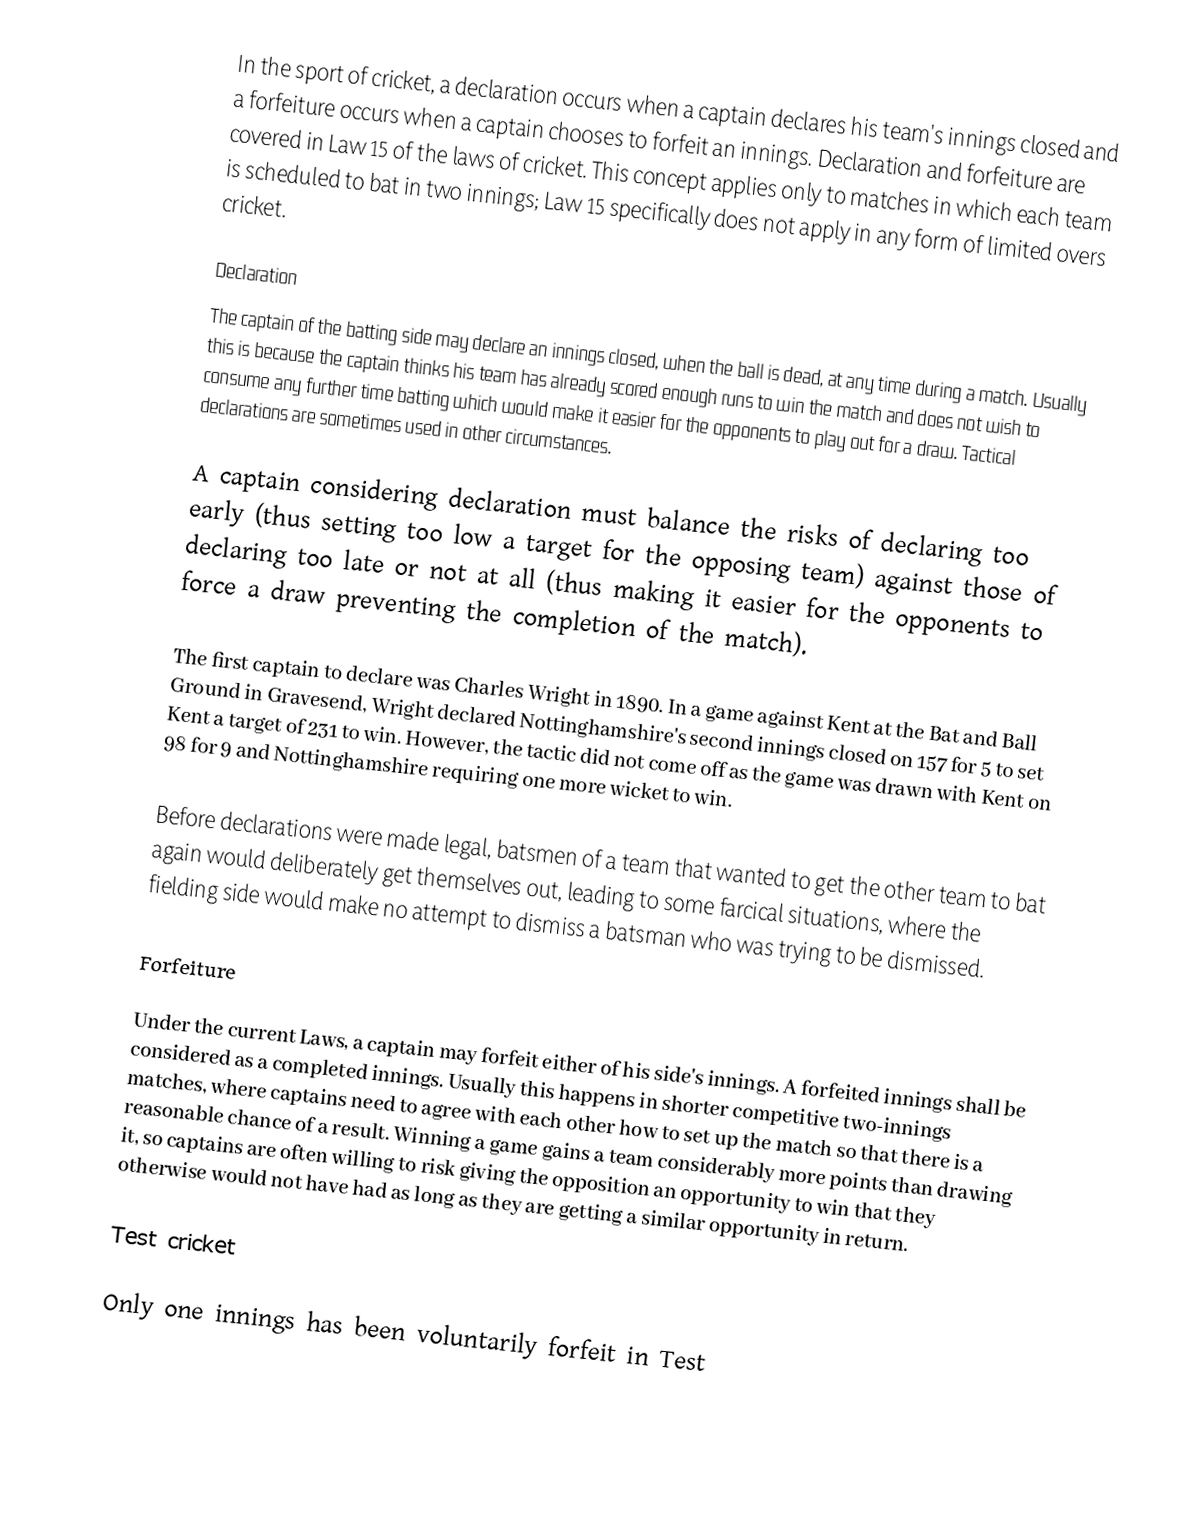
In the sport of cricket, a declaration occurs when a captain declares his team's innings closed and a forfeiture occurs when a captain chooses to forfeit an innings. Declaration and forfeiture are covered in Law 15 of the laws of cricket. This concept applies only to matches in which each team is scheduled to bat in two innings; Law 15 specifically does not apply in any form of limited overs cricket.

Declaration
The captain of the batting side may declare an innings closed, when the ball is dead, at any time during a match. Usually this is because the captain thinks his team has already scored enough runs to win the match and does not wish to consume any further time batting which would make it easier for the opponents to play out for a draw. Tactical declarations are sometimes used in other circumstances.

A captain considering declaration must balance the risks of declaring too early (thus setting too low a target for the opposing team) against those of declaring too late or not at all (thus making it easier for the opponents to force a draw preventing the completion of the match).

The first captain to declare was Charles Wright in 1890. In a game against Kent at the Bat and Ball Ground in Gravesend, Wright declared Nottinghamshire's second innings closed on 157 for 5 to set Kent a target of 231 to win. However, the tactic did not come off as the game was drawn with Kent on 98 for 9 and Nottinghamshire requiring one more wicket to win.

Before declarations were made legal, batsmen of a team that wanted to get the other team to bat again would deliberately get themselves out, leading to some farcical situations, where the fielding side would make no attempt to dismiss a batsman who was trying to be dismissed.

Forfeiture

Under the current Laws, a captain may forfeit either of his side's innings. A forfeited innings shall be considered as a completed innings. Usually this happens in shorter competitive two-innings matches, where captains need to agree with each other how to set up the match so that there is a reasonable chance of a result. Winning a game gains a team considerably more points than drawing it, so captains are often willing to risk giving the opposition an opportunity to win that they otherwise would not have had as long as they are getting a similar opportunity in return.

Test cricket

Only one innings has been voluntarily forfeit in Test